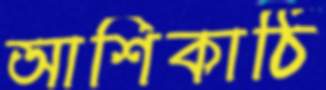
আশিকাঠি